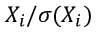
X _ { i } / \sigma ( X _ { i } )